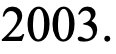
2003.